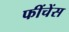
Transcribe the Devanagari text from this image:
फींचेंस